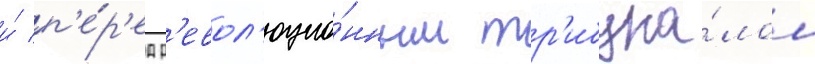
и́ п'е́р'ед р'евол'юцио́нным тр'ибуна́лом